On kala azar, malaria and malarial cachexia - Number 19
Disease focus: Malaria
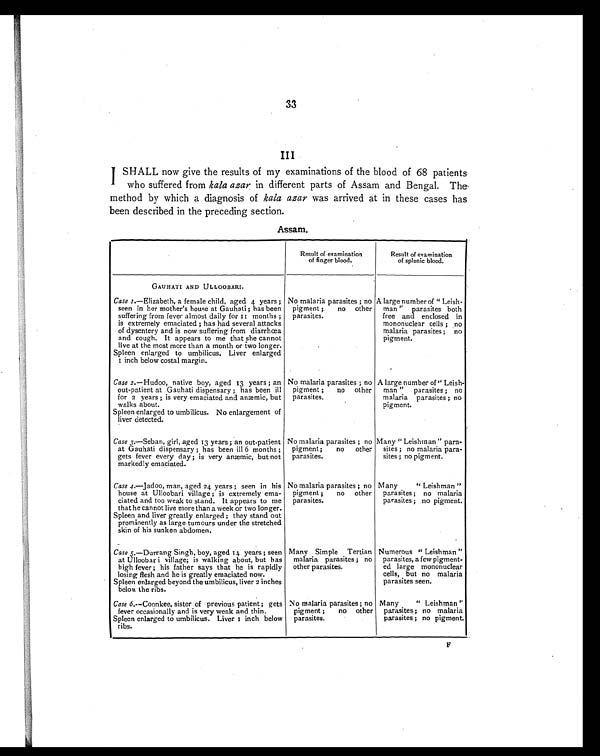
33
III
I SHALL now give the results of my examinations of the blood of 68 patients
who suffered from kala azar in different parts of Assam and Bengal. The
method by which a diagnosis of kala azar was arrived at in these cases has
been described in the preceding section.
Assam.
Result of examination
of finger blood,
Result of examination
of splenic blood.
GAUHATI AND ULLOOBARI.
Case 1.—Elizabeth, a female child, aged 4 years ;
seen in her mother's house at Gauhati ; has been
suffering from fever almost daily for 11 months ;
is extremely emaciated ; has had several attacks
of dysentery and is now suffering from diarrhœa
and cough. It appears to me that she cannot
live at the most more than a month or two longer.
Spleen enlarged to umbilicus. Liver enlarged
1 inch below costal margin.
No malaria parasites ; no
pigment ;
no other
parasites.
A large number of " Leish-
man " parasites both
free and enclosed in
mononuclear cells ; no
malaria parasites ; no
pigment.
Case 2.—Hudoo, native boy, aged 13 years ; an
out-patient at Gauhati dispensary ; has been ill
for 2 years ; is very emaciated and anæmic, but
walks about.
Spleen enlarged to umbilicus. No enlargement of
liver detected.
No malaria parasites ; no
pigment ;
no other
parasites.
A large number of" Leish-
man " parasites ; no
malaria parasites ; no
pigment.
Case 3.—Seban, girl, aged 13 years ; an out-patient
at Gauhati dispensary ; has been ill 6 months ;
gets fever every day ; is very anæmic, but not
markedly emaciated.
No malaria parasites ; no
pigment;
no
other
parasites.
Many " Leishman " para-
sites ; no malaria para-
sites ; no pigment.
Case 4.—Jadoo, man, aged 24 years ; seen in his
house at Ulloobari village ; is extremely ema-
ciated and too weak to stand. It appears to me
that he cannot live more than a week or two longer.
Spleen and liver greatly enlarged ; they stand out
prominently as large tumours under the stretched
skin of his sunken abdomen.
No malaria parasites ; no
pigment ;
no other
parasites.
Many
" Leishman "
parasites ; no malaria
parasites ; no pigment.
Case 5.—Durrang Singh, boy, aged 14 years ; seen
at Ulloobar i village; is walking about, but has
high fever ; his father says that he is rapidly
losing flesh and he is greatly emaciated now.
Spleen enlarged beyond the umbilicus, liver 2 inches
below the ribs.
Many Simple Tertian
malaria parasites ; no
other parasites.
Numerous " Leishman "
parasites, a few pigment-
ed large mononuclear
cells, but no malaria
parasites seen.
Case 6.—Coonkee, sister of previous patient ; gets
fever occasionally and is very weak and thin.
Spleen enlarged to umbilicus. Liver 1i n c h b e l o w
ribs.
No malaria parasites ; no
pigment ;
no other
parasites.
Many
" Leishman "
parasites ; no malaria
parasites ; no pigment.